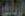
الريال